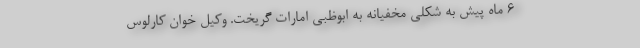
6 ماه پیش به شکلی مخفیانه به ابوظبی امارات گریخت. وکیل خوان کارلوس